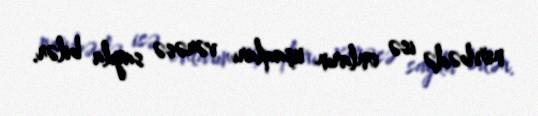
növbədə isə onların uşaqları vərəsə sayıla bilər.